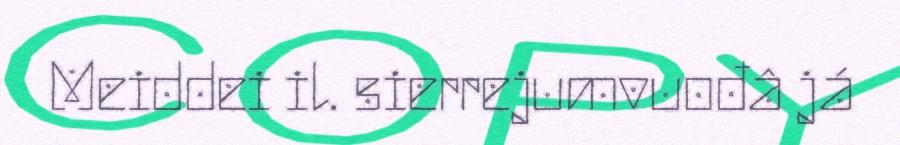
Meiddei il. sierrejumvuođâ já